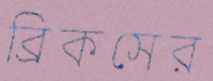
ব্রিকসের